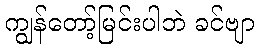
ကျွန်တော့်မြင်းပါဘဲ ခင်ဗျာ